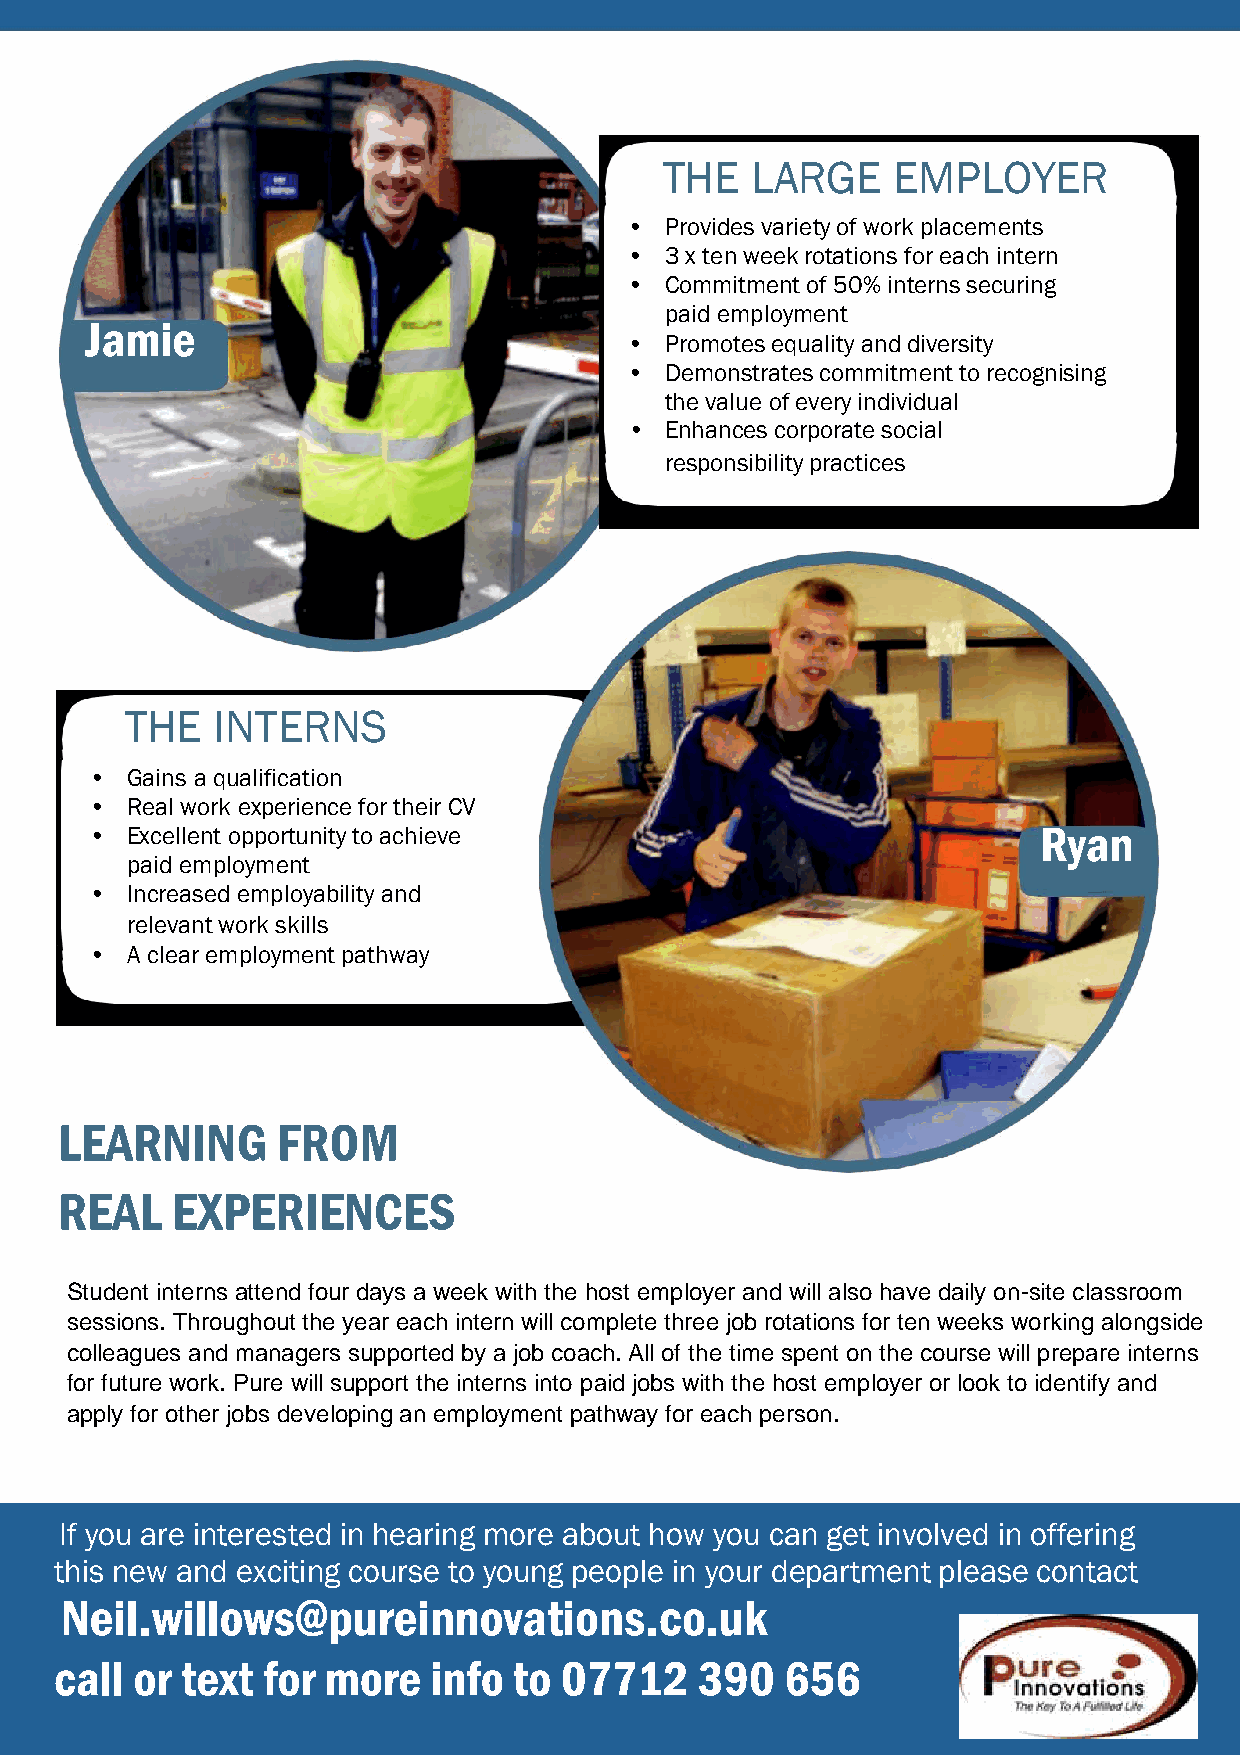
THE   LARGE    EMPLOYER
 •  Provides variety of work placements
 •  3 x ten week rotations for each intern
 •  Commitment of 50% interns securing
 paid employment
 Jamie
 •  Promotes equality and diversity
 •  Demonstrates commitment to recognising
 the value of every individual
 • Enhances corporate social
 responsibility practices
 THE   INTERNS
 • Gains a qualification
 • Real work experience for their CV
 • Excellent opportunity to achieve                             Ryan
 paid employment
 • Increased employability and
 relevant work skills
 • A clear employment pathway
 LEARNING      FROM
 REAL   EXPERIENCES
 Student interns attend four days a week with the host employer and will also have daily on-site classroom
 sessions. Throughout the year each intern will complete three job rotations for ten weeks working alongside
 colleagues and managers supported by a job coach. All of the time spent on the course will prepare interns
 for future work. Pure will support the interns into paid jobs with the host employer or look to identify and
 apply for other jobs developing an employment pathway for each person.
 If you are interested in hearing more about how you can get involved in offering
 this new and exciting course to young people in your department please contact
 Neil.willows@pureinnovations.co.uk
 call or text for more   info  to 07712    390   656